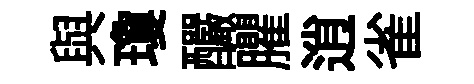
與瓊釅臞逍雀